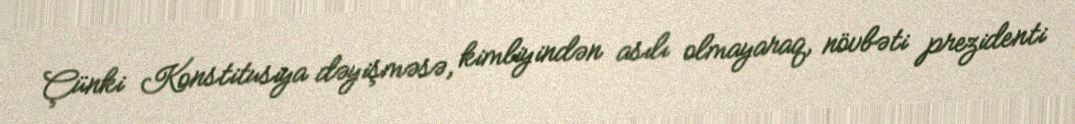
Çünki Konstitusiya dəyişməsə, kimliyindən asılı olmayaraq, növbəti prezidenti